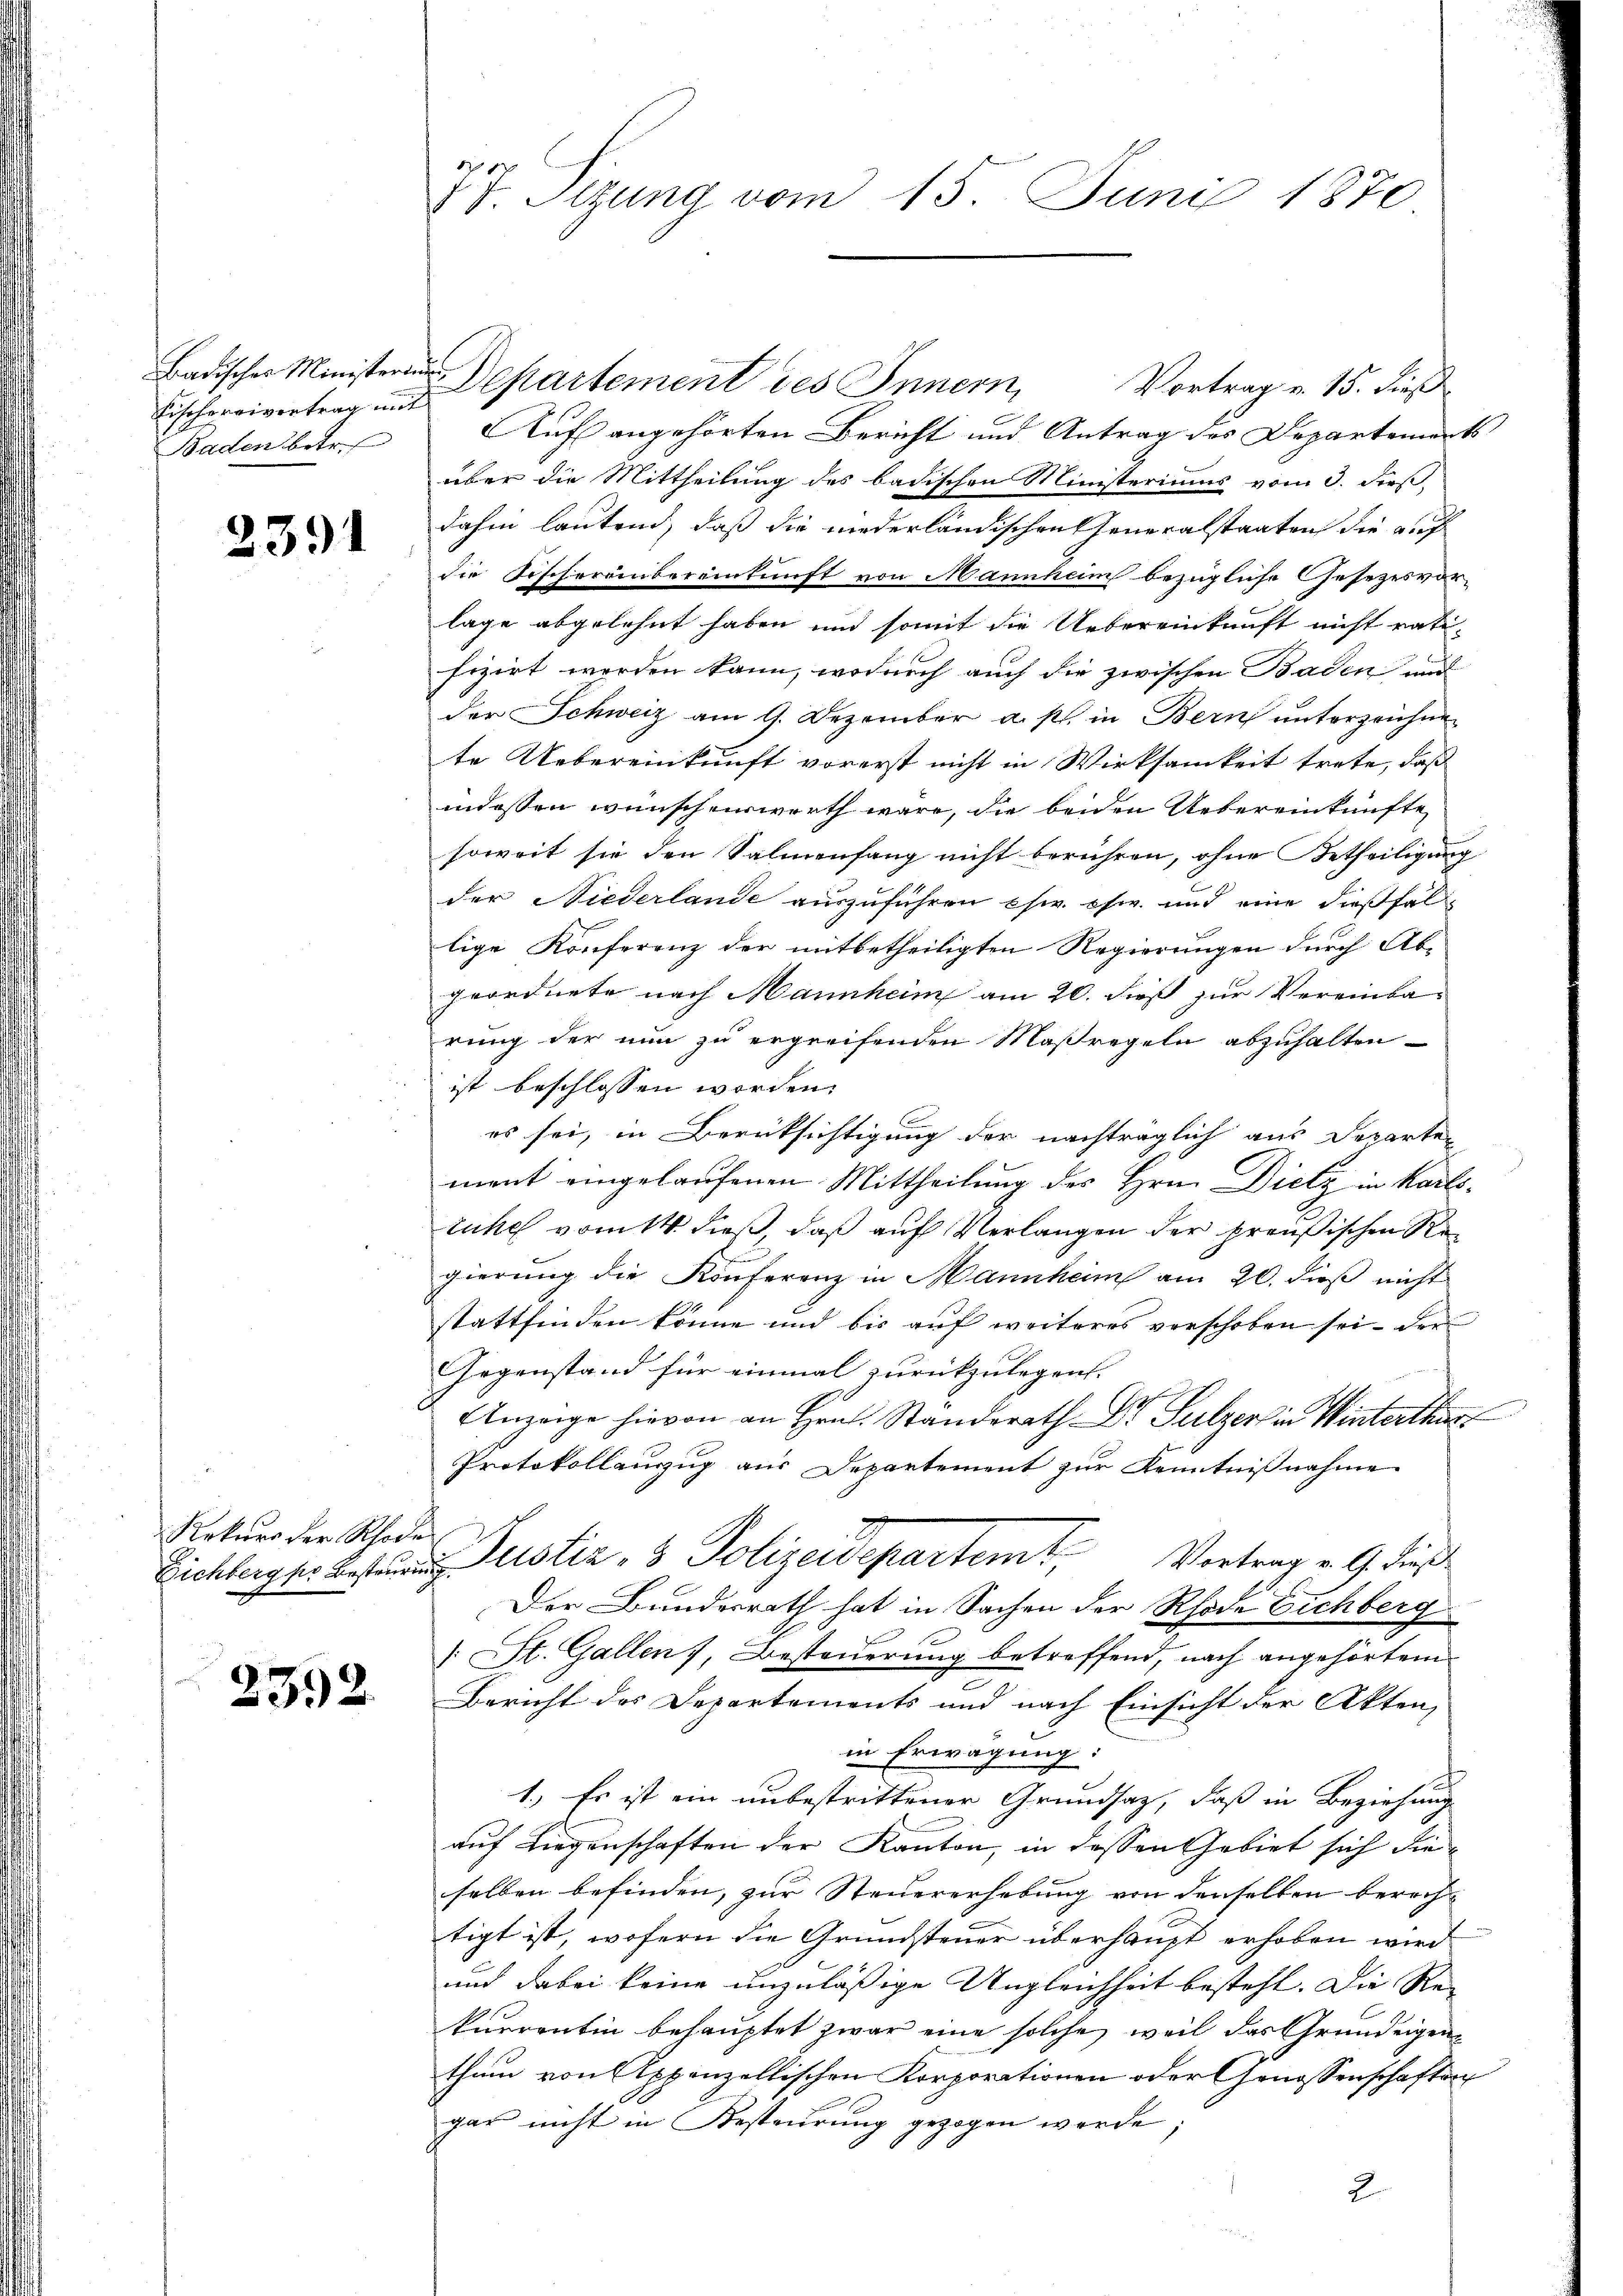
Badisches Ministerium
Eischereivertrag mit
Baden betref

2391

Rekurs der Rhode

2392

IV. Sizung vom 15. Juni 1870

Vortrag v. 15. dies
Auf angehörten Bericht und Antrag des Departement
über die Mittheilung des badischen Ministeriums vom 3. Fees,
dahin lautend, daß die niederländischen Generalstaaten die auf
die Fischereinbereinkunft von Mannheim bezügliche Gesezesvor-
lage abgelehnt haben und somit die Uebereinkunft nicht rati-
fizirt werden kann, wodurch auch die zwischen Baden und
der Schweiz am 9. Dezember a. p. in Bern unterzeichnete Uebereinkunft vorerst nicht in Wirksamkeit trete, daß
indessen wünschenswerth wäre, die beiden Uebereinkünfte
soweit sie den Salmenfang nicht berühren, ohne Betheiligung
der Niederlande auszuführen usw. usw. und eine dießfällige Konferenz der mitbetheiligten Regierungen durch Ab-
geordnete nach Mannheim am 20. dieß zur Vereinba-
rung der nun zu ergreifenden Maßregeln abzuhalten
ist beschlossen worden.
es sei, in Berüksichtigung der nachträglich aus Departen
ment eingelaufenen Mittheilung des Hrn. Dietz in Karlstuhe vom 14. dieß, daß auf Verlangen der preußischen Regierung die Konferenz in Mannheim am 20. dieß nicht
stattfinden könne und bis auf weiteres verschoben sei, der
Gegenstand für einmal zurückzulegen. |
Anzeige hievon an Hrn. Standerath Dr. Sulzer in Winterthur
Protokollanzug aus Departement zur Kenntnißnahme
Bichlage des Justiz- & Polizeidepartemt. Vortrag v. 9. dieß
Der Bundesrath hat in Sachen der Rhode Eichberg
: St. Gallen 7, Besteuerung betreffend, nach angehörtem
Bericht des Departements und nach Einsicht der Akten,
in Erwägung:
1.) Es ist ein unbestrittener Grundsaz, daß in Beziehung
auf Liegenschaften der Kanton, in dessen Gebiet sich die
selben befinden, zur Steuererhebung von denselben berecht
tigt ist, wofern die Grundsteuer überhaupt erhoben wird
und dabei keine unzuläßige Ungleichheit besteht. Die Re-
kurrentin behauptet zwar eine solche weil das Grundeigenthum von Appenzellischen Korporationen oder Genossenschaften
gar nicht in Besteurung gezogen werde;
2

Departement des Innern,